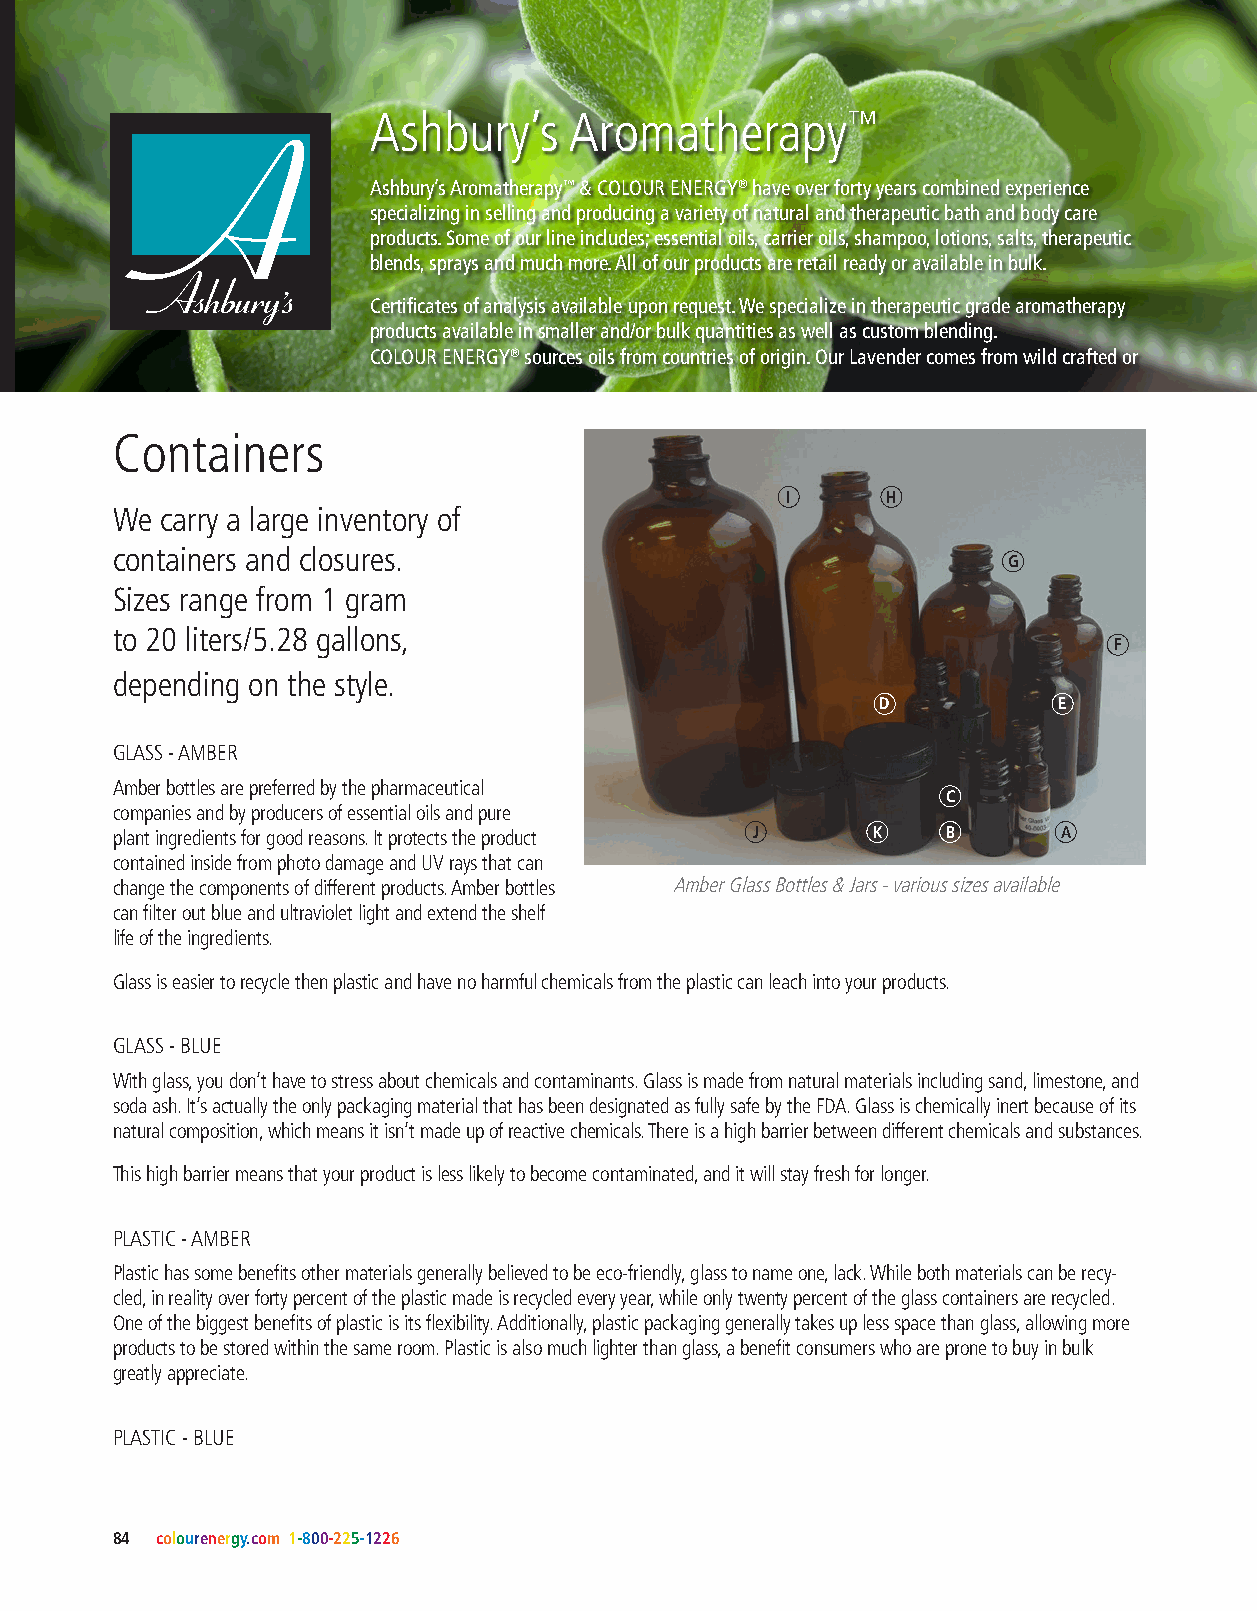
Ashbury’s     Aromatherapy™
 A
 Ashbury’s Aromatherapy™ & COLOUR ENERGY® have over forty years combined experience
 specializing in selling and producing a variety of natural and therapeutic bath and body care
 products. Some of our line includes; essential oils, carrier oils, shampoo, lotions, salts, therapeutic
 blends, sprays and much more. All of our products are retail ready or available in bulk.
 Ashburys
 ’
 Certificates of analysis available upon request. We specialize in therapeutic grade aromatherapy
 products available in smaller and/or bulk quantities as well as custom blending.
 COLOUR ENERGY® sources oils from countries of origin. Our Lavender comes from wild crafted or
 Containers
 I      H
 We  carry a large inventory of
 containers and closures.
 G
 Sizes range from 1 gram
 to 20 liters/5.28 gallons,
 F
 depending on the style.
 D           E
 GLASS - AMBER
 Amber bottles are preferred by the pharmaceutical
 C
 companies and by producers of essential oils and pure
 plant ingredients for good reasons. It protects the product J K B A
 contained inside from photo damage and UV rays that can
 change the components of different products. Amber bottles Amber Glass Bottles & Jars - various sizes available
 can filter out blue and ultraviolet light and extend the shelf
 life of the ingredients.
 Glass is easier to recycle then plastic and have no harmful chemicals from the plastic can leach into your products.
 GLASS - BLUE
 With glass, you don’t have to stress about chemicals and contaminants. Glass is made from natural materials including sand, limestone, and
 soda ash. It’s actually the only packaging material that has been designated as fully safe by the FDA. Glass is chemically inert because of its
 natural composition, which means it isn’t made up of reactive chemicals. There is a high barrier between different chemicals and substances.
 This high barrier means that your product is less likely to become contaminated, and it will stay fresh for longer.
 PLASTIC - AMBER
 Plastic has some benefits other materials generally believed to be eco-friendly, glass to name one, lack. While both materials can be recy-
 cled, in reality over forty percent of the plastic made is recycled every year, while only twenty percent of the glass containers are recycled.
 One of the biggest benefits of plastic is its flexibility. Additionally, plastic packaging generally takes up less space than glass, allowing more
 products to be stored within the same room. Plastic is also much lighter than glass, a benefit consumers who are prone to buy in bulk
 greatly appreciate.
 PLASTIC - BLUE
 84 colourenergy.com 1-800-225-1226